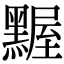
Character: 𪑱